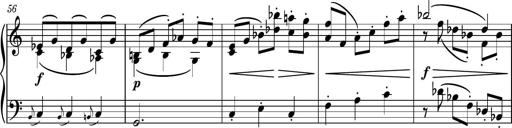
Title: Piano Sonatina No.4
Composer: Dimitri Sykias
Key: D major